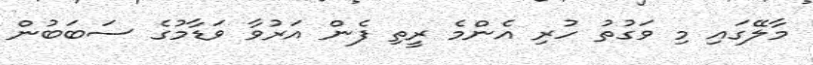
މާލޭގައި މި ވަގުތު ހުރި އެންމެ ރީތި ފެން އަރުވާ ވަޑާމުގެ ސަބަބުން